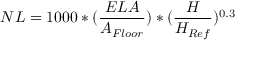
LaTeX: N L = 1 0 0 0 * ( { \frac { E L A } { A _ { F l o o r } } } ) * ( { \frac { H } { H _ { R e f } } } ) ^ { 0 . 3 } \,